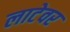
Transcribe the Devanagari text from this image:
लाटेवर